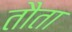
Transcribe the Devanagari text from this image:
तौता